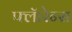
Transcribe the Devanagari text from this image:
फ्लॅारेन्स